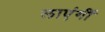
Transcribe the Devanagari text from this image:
लाएंगीं